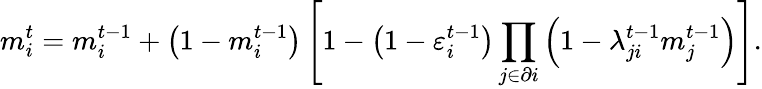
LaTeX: m_{i}^{t}=m_{i}^{t-1}+\left(1-m_{i}^{t-1}\right)\left[1-\left(1-\varepsilon_{i}^{t-1}\right)\prod_{j\in\partial i}\left(1-{\lambda}_{ji}^{t-1}m_{j}^{t-1}\right)\right].